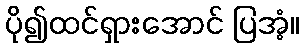
ပို၍ထင်ရှားအောင် ပြအံ့။